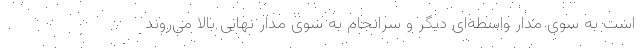
است به سوی مدار واسطه‌ای دیگر و سرانجام به سوی مدار نهایی بالا می‌روند